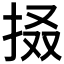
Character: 𢬏